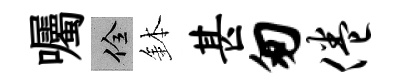
囑佺鉢甚匆倦